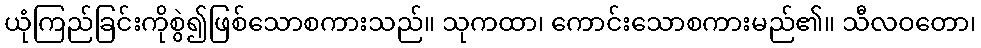
ယုံကြည်ခြင်းကိုစွဲ၍ဖြစ်သောစကားသည်။ သုကထာ၊ ကောင်းသောစကားမည်၏။ သီလဝတော၊